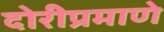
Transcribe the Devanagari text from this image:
दोरीप्रमाणे